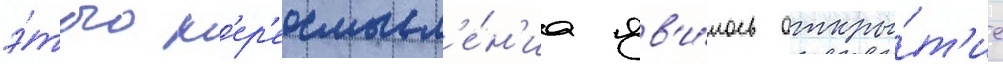
э́того п'ер'еосмысл'е́н'иа яв'и́лось откры́т'ие